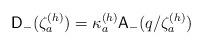
LaTeX: \begin{align*}\mathsf{D}_{-}(\zeta _{a}^{(h)})=\kappa _{a}^{\left( h\right) }\mathsf{A}_{-}(q/\zeta _{a}^{(h)})\end{align*}